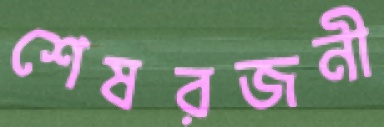
শেষরজনী